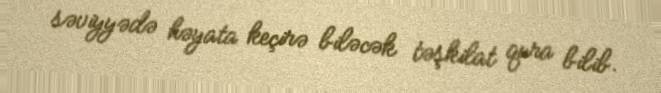
səviyyədə həyata keçirə biləcək təşkilat qura bilib.